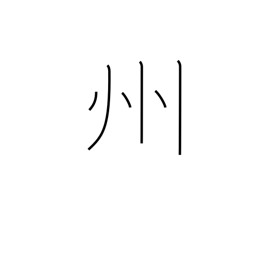
Meaning: province